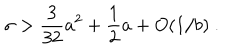
\sigma > { \frac { 3 } { 3 2 } } { { a } } ^ { 2 } + { \frac { 1 } { 2 } } { { a } } + O ( 1 / { { b } } ) \ .